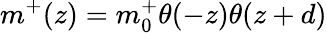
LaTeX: m^{+}(z)=m_{0}^{+}\theta(-z)\theta(z+d)